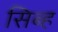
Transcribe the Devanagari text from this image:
सिब्ह